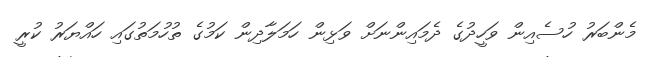
މެންބަރު ހުސެއިން ވަހީދުގެ ދެމައިންނަށް ވަޅިން ހަމަލާދިން ކަމުގެ ތުހުމަތުގައި ހައްޔަރު ކުރީ